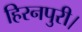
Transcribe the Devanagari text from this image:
हिरनपुरी।